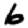
Digit: 6